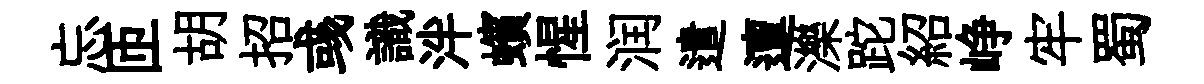
忘匝胡招彧識泮蠙惺润遣邅濼跎紹峥牢蜀